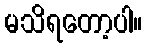
မသိရတော့ပါ။